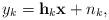
LaTeX: \begin{align*} y_k=\mathbf{h}_k\mathbf{x}+n_k, \end{align*}